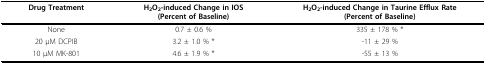
| Drug Treatment | H2O2-induced Change in IOS(Percent of Baseline) | H2O2-induced Change in Taurine Efflux Rate(Percent of Baseline) |
 | --- | --- | --- |
 | None | 0.7 ± 0.6 % | 335 ± 178 % * |
 | 20 μM DCPIB | 3.2 ± 1.0 % * | -11 ± 29 % |
 | 10 μM MK-801 | 4.6 ± 1.9 % * | -55 ± 13 % |